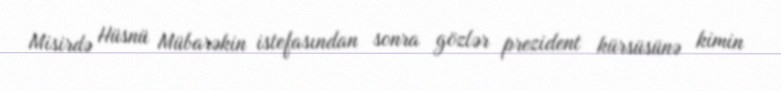
Misirdə Hüsnü Mübarəkin istefasından sonra gözlər prezident kürsüsünə kimin